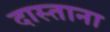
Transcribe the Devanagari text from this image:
दास्ताना